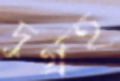
দুর্গ্রহ